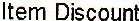
ITEM DISCOUNT